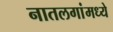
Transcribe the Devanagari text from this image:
नातलगांमध्ये